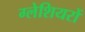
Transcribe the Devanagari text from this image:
ग्‍लेशियरों